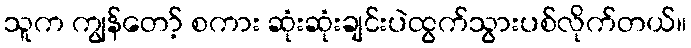
သူက ကျွန်တော့် စကား ဆုံးဆုံးချင်းပဲထွက်သွားပစ်လိုက်တယ်။